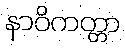
နာဝိကတ္တာ